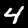
Digit: 4